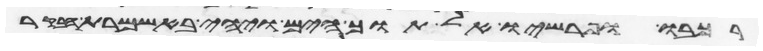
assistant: רכבו ופרשיו אל תוך הים ויהי באשמרת הבקר